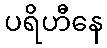
ပရိဟီနေ